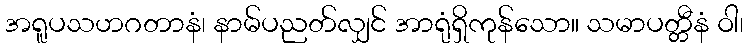
အရူပသဟဂတာနံ၊ နာမ်ပညတ်လျှင် အာရုံရှိကုန်သော။ သမာပတ္တီနံ ဝါ၊